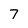
Character: 7